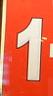
1